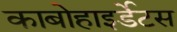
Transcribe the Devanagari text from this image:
काबोहाइर्डेटस